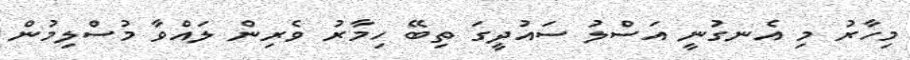
މިހާރު މި އެނގުނީ އަސްލު ސައުދީގަ ތިބޭ ހިމާރު ވެރިން ލައްވާ މުސްލިމުން